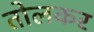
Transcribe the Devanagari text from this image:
तोलकर